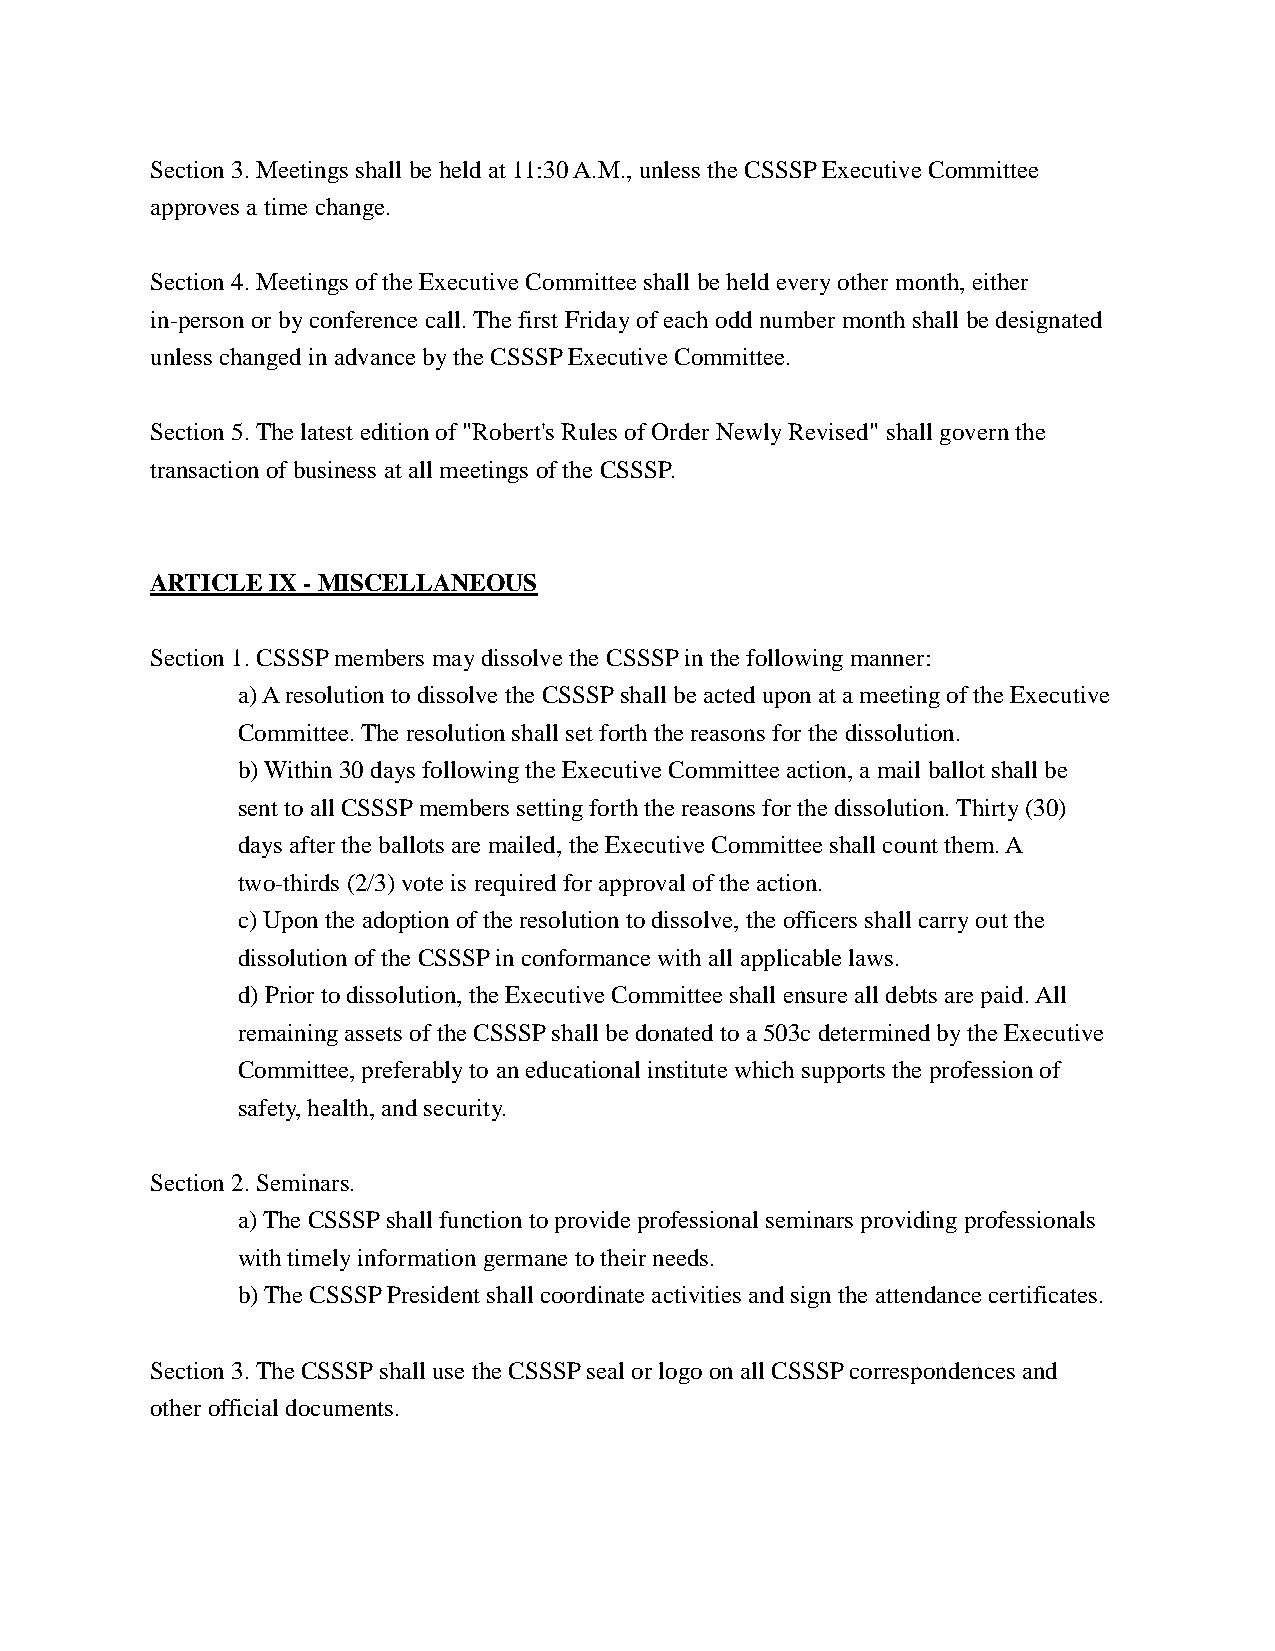
Section 3. Meetings shall be held at 11:30 A.M., unless the CSSSP Executive Committee
 approves a time change.
 Section 4. Meetings of the Executive Committee shall be held every other month, either
 in-person or by conference call. The first Friday of each odd number month shall be designated
 unless changed in advance by the CSSSP Executive Committee.
 Section 5. The latest edition of "Robert's Rules of Order Newly Revised" shall govern the
 transaction of business at all meetings of the CSSSP.
 ARTICLE IX - MISCELLANEOUS
 Section 1. CSSSP members may dissolve the CSSSP in the following manner:
 a) A resolution to dissolve the CSSSP shall be acted upon at a meeting of the Executive
 Committee. The resolution shall set forth the reasons for the dissolution.
 b) Within 30 days following the Executive Committee action, a mail ballot shall be
 sent to all CSSSP members setting forth the reasons for the dissolution. Thirty (30)
 days after the ballots are mailed, the Executive Committee shall count them. A
 two-thirds (2/3) vote is required for approval of the action.
 c) Upon the adoption of the resolution to dissolve, the officers shall carry out the
 dissolution of the CSSSP in conformance with all applicable laws.
 d) Prior to dissolution, the Executive Committee shall ensure all debts are paid. All
 remaining assets of the CSSSP shall be donated to a 503c determined by the Executive
 Committee, preferably to an educational institute which supports the profession of
 safety, health, and security.
 Section 2. Seminars.
 a) The CSSSP shall function to provide professional seminars providing professionals
 with timely information germane to their needs.
 b) The CSSSP President shall coordinate activities and sign the attendance certificates.
 Section 3. The CSSSP shall use the CSSSP seal or logo on all CSSSP correspondences and
 other official documents.